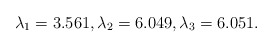
\begin{align*}\lambda_1 = 3.561, \lambda_2 = 6.049, \lambda_3 = 6.051.\end{align*}